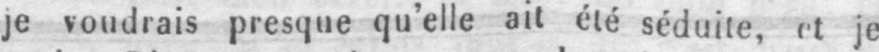
je voudrais presque qu’elle ait été séduite, et je